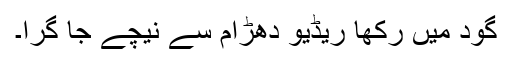
گود میں رکھا ریڈیو دھڑام سے نیچے جا گرا۔